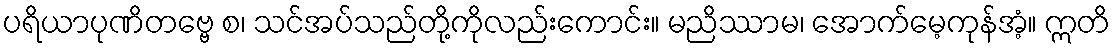
ပရိယာပုဏိတဗ္ဗေ စ၊ သင်အပ်သည်တို့ကိုလည်းကောင်း။ မညိဿာမ၊ အောက်မေ့ကုန်အံ့။ ဣတိ